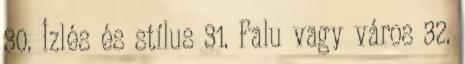
30. Ízlés és stílus 31. Falu vagy város 32.